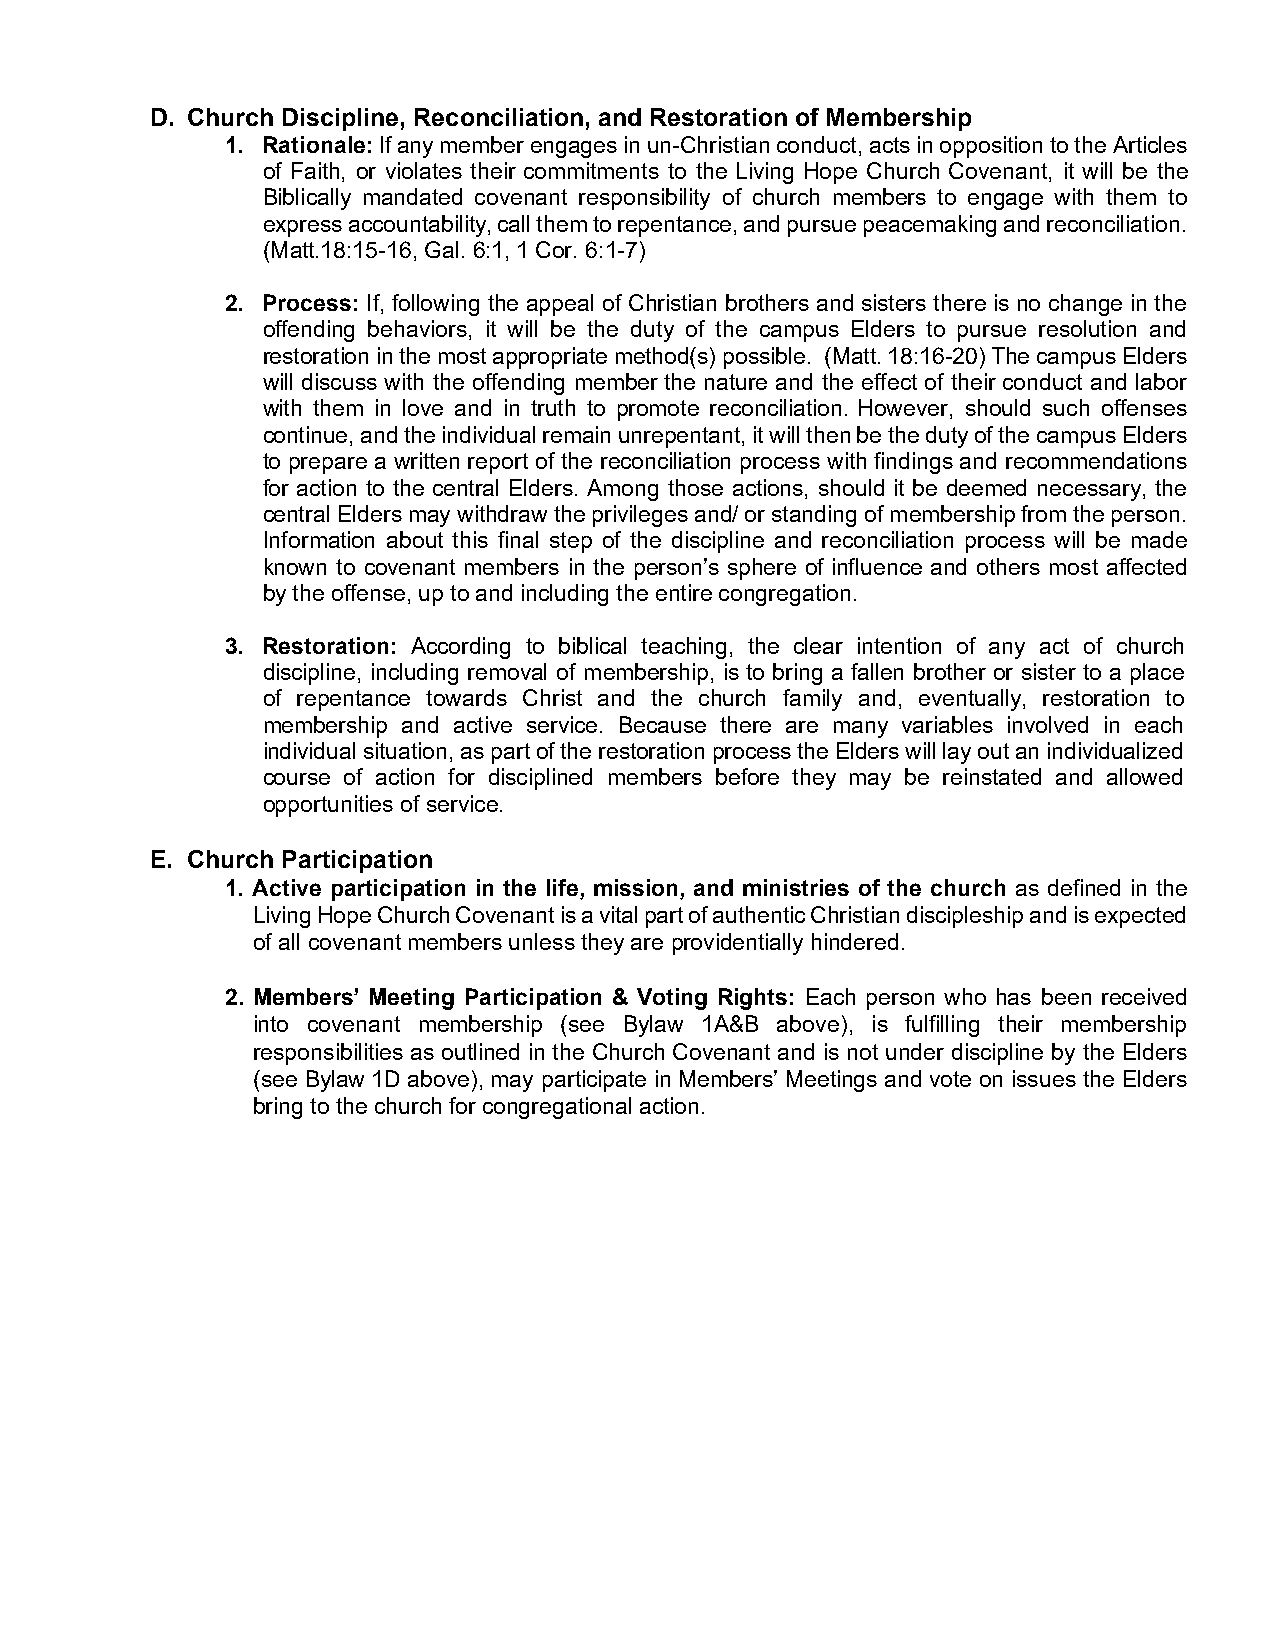
D. Church Discipline, Reconciliation, and Restoration of Membership
 1. Rationale: If any member engages in un-Christian conduct, acts in opposition to the Articles
 of Faith, or violates their commitments to the Living Hope Church Covenant, it will be the
 Biblically mandated covenant responsibility of church members to engage with them to
 express accountability, call them to repentance, and pursue peacemaking and reconciliation.
 (Matt.18:15-16, Gal. 6:1, 1 Cor. 6:1-7)
 2. Process: If, following the appeal of Christian brothers and sisters there is no change in the
 offending behaviors, it will be the duty of the campus Elders to pursue resolution and
 restoration in the most appropriate method(s) possible. (Matt. 18:16-20) The campus Elders
 will discuss with the offending member the nature and the effect of their conduct and labor
 with them in love and in truth to promote reconciliation. However, should such offenses
 continue, and the individual remain unrepentant, it will then be the duty of the campus Elders
 to prepare a written report of the reconciliation process with findings and recommendations
 for action to the central Elders. Among those actions, should it be deemed necessary, the
 central Elders may withdraw the privileges and/ or standing of membership from the person.
 Information about this final step of the discipline and reconciliation process will be made
 known to covenant members in the person’s sphere of influence and others most affected
 by the offense, up to and including the entire congregation.
 3. Restoration: According to biblical teaching, the clear intention of any act of church
 discipline, including removal of membership, is to bring a fallen brother or sister to a place
 of repentance towards Christ and the church family and, eventually, restoration to
 membership and active service. Because there are many variables involved in each
 individual situation, as part of the restoration process the Elders will lay out an individualized
 course of action for disciplined members before they may be reinstated and allowed
 opportunities of service.
 E. Church Participation
 1. Active participation in the life, mission, and ministries of the church as defined in the
 Living Hope Church Covenant is a vital part of authentic Christian discipleship and is expected
 of all covenant members unless they are providentially hindered.
 2. Members’ Meeting Participation & Voting Rights: Each person who has been received
 into covenant membership (see Bylaw 1A&B above), is fulfilling their membership
 responsibilities as outlined in the Church Covenant and is not under discipline by the Elders
 (see Bylaw 1D above), may participate in Members’ Meetings and vote on issues the Elders
 bring to the church for congregational action.